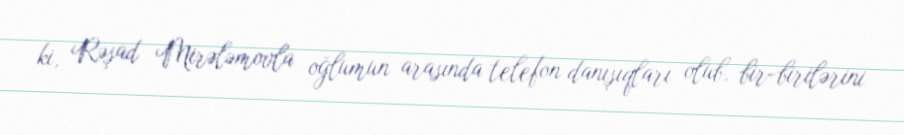
ki, Rəşad Mirələmovla oğlumun arasında telefon danışıqları olub, bir-birilərini